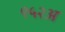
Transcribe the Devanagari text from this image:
९५२अ